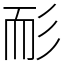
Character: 耏